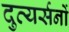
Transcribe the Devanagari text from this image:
दुव्यर्सनों